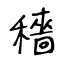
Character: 穡